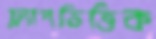
ফ্ল্যাশভিত্তিক